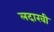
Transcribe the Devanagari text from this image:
लदाखी